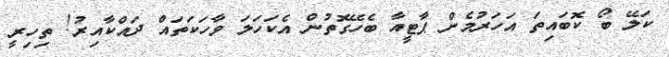
ކަލޭ ބޯ ކޮބައިތަ އަހަރުމެން ޕާޓީއާ ބެހޭގޮތުން އެކަހަލަ ވާހަކަތައް ދައްކާއިރު! ތިހިރީ